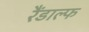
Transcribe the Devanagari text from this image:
रैंडाल्फ